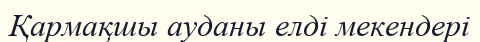
Қармақшы ауданы елді мекендері